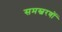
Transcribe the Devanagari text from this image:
समस्वरणों